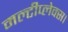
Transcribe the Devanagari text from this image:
मल्टीप्लेक्स।